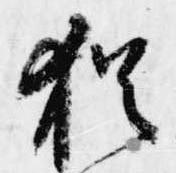
猶